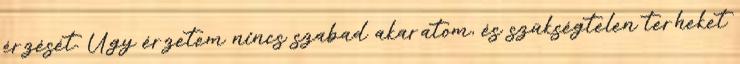
érzését. Úgy érzetem nincs szabad akaratom, és szükségtelen terheket